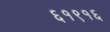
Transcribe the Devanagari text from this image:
६१९१६